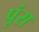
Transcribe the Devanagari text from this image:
पूंस